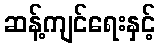
ဆန့်ကျင်ရေးနှင့်